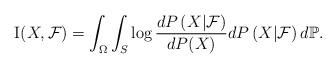
LaTeX: \begin{align*}\mathrm{I}(X,\mathcal{F})=\int_{\Omega}\int_{S}\log\frac{dP\left(X|\mathcal{F}\right)}{dP(X)}dP\left(X|\mathcal{F}\right)d\mathbb{P}.\end{align*}